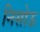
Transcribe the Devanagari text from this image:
निसोऊ